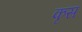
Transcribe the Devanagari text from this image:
कृस